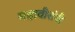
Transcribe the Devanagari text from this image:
महावीरांनी